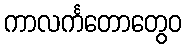
ကာလင်္ကတောတွေဝ